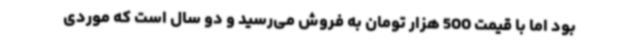
بود اما با قیمت 500 هزار تومان به فروش می‌رسید و دو سال است که موردی